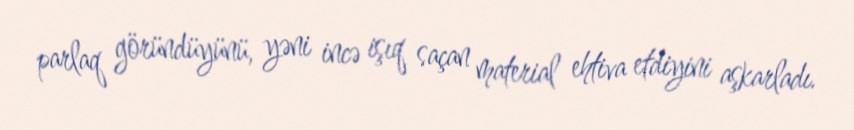
parlaq göründüyünü, yəni incə işıq saçan material ehtiva etdiyini aşkarladı.